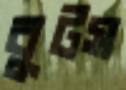
বুটস